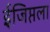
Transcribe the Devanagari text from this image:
ईजिप्तला